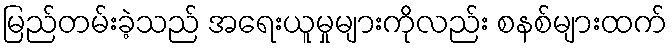
မြည်တမ်းခဲ့သည် အရေးယူမှုများကိုလည်း စနစ်များထက်